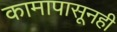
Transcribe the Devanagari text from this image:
कामापासूनही